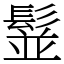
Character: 䰃